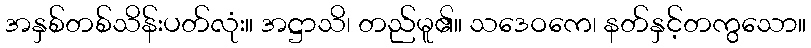
အနှစ်တစ်သိန်းပတ်လုံး။ အဋ္ဌာသိ၊ တည်မူ၏။ သဒေဝကေ၊ နတ်နှင့်တကွသော။